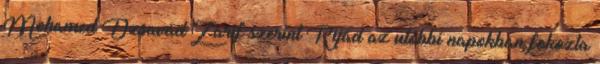
Mohamed Dzsavád Zaríf szerint Rijád az utóbbi napokban fokozta